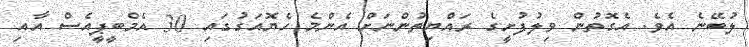
ލުބޭނެ އެވެ. އެގޮތުން ވިލުފުށީގެ ރައްޔިތުންނަށް އެންމެ ހެޔޮއަގުގައި 30 އެމްބީޕީއެސް އާއި